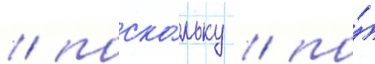
/ поско́льку / по́